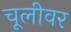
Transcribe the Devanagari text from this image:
चूलीवर